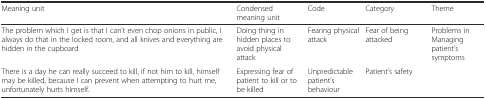
<table><thead><tr><td><b>Meaning unit</b></td><td><b>Condensed meaning unit</b></td><td><b>Code</b></td><td><b>Category</b></td><td><b>Theme</b></td></tr></thead><tbody><tr><td>The problem which I get is that I can’t even chop onions in public, I always do that in the locked room, and all knives and everything are hidden in the cupboard</td><td>Doing thing in hidden places to avoid physical attack</td><td>Fearing physical attack</td><td>Fear of being attacked</td><td rowspan="2">Problems in Managing patient’s symptoms</td></tr><tr><td>There is a day he can really succeed to kill, if not him to kill, himself may be killed, because I can prevent when attempting to hurt me, unfortunately hurts himself.</td><td>Expressing fear of patient to kill or to be killed</td><td>Unpredictable patient’s behaviour</td><td>Patient’s safety</td></tr></tbody></table>